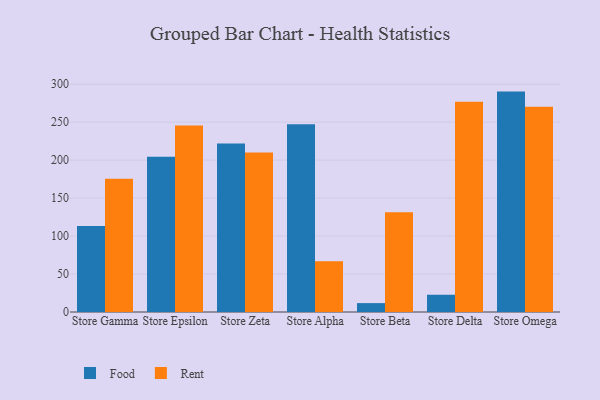
{"axis": {"x": "Store", "y": "Inventory Turnover"}, "legend": ["Food", "Rent"], "data": [{"x": "Store Gamma", "y": 113.1, "type": "Food"}, {"x": "Store Gamma", "y": 175.5, "type": "Rent"}, {"x": "Store Epsilon", "y": 204.3, "type": "Food"}, {"x": "Store Epsilon", "y": 245.6, "type": "Rent"}, {"x": "Store Zeta", "y": 222.0, "type": "Food"}, {"x": "Store Zeta", "y": 209.9, "type": "Rent"}, {"x": "Store Alpha", "y": 247.3, "type": "Food"}, {"x": "Store Alpha", "y": 66.7, "type": "Rent"}, {"x": "Store Beta", "y": 11.7, "type": "Food"}, {"x": "Store Beta", "y": 131.5, "type": "Rent"}, {"x": "Store Delta", "y": 22.7, "type": "Food"}, {"x": "Store Delta", "y": 276.7, "type": "Rent"}, {"x": "Store Omega", "y": 290.2, "type": "Food"}, {"x": "Store Omega", "y": 270.2, "type": "Rent"}]}